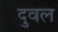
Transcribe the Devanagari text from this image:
दुवल